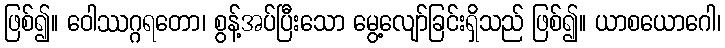
ဖြစ်၍။ ဝေါဿဂ္ဂရတော၊ စွန့်အပ်ပြီးသော မွေ့လျော်ခြင်းရှိသည် ဖြစ်၍။ ယာစယောဂေါ၊